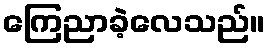
ကြေညာခဲ့လေသည်။